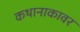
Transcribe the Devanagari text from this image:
कथानाकावर